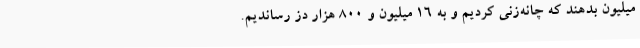
میلیون بدهند که چانه‌زنی کردیم و به ۱۶ میلیون و ۸۰۰ هزار دز رساندیم.